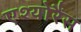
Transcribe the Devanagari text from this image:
एश्योरैंस